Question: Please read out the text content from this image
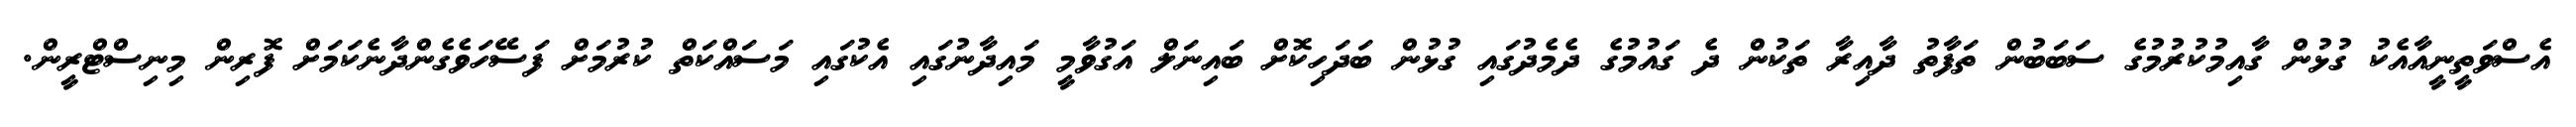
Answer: އެސްވަތީނީއާއެކު ގުޅުން ގާއިމުކުރުމުގެ ސަބަބުން ތަފާތު ދާއިރާ ތަކުން ދެ ގައުމުގެ ދެމެދުގައި ގުޅުން ބަދަހިކޮށް ބައިނަލް އަގުވާމީ މައިދާނުގައި އެކުގައި މަސައްކަތް ކުރުމަށް ފަސޭހަވެގެންދާނެކަމަށް ފޮރިން މިނިސްޓްރީން.